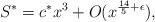
LaTeX: \begin{align*}S^{*}=c^{*}x^{3}+O(x^{\frac{14}{5}+\epsilon}), \end{align*}